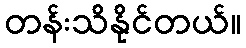
တန်းသိနိုင်တယ်။